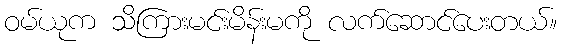
ဝမ်ယုက သိကြားမင်းမိန်းမကို လက်ဆောင်ပေးတယ်။